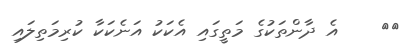
١٦    އެ ދާންތަކުގެ މަތީގައި އެކަކު އަނެކަކާ ކުރިމަތިލައި